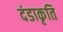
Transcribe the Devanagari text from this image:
दंडाकृति